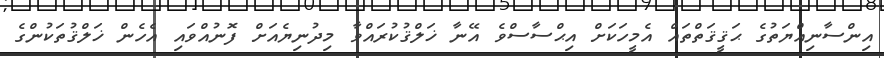
އިންސާނިއްޔަތުގެ ޙަޤީޤަތްތައް އެމީހަކަށް އިޙްސާސްވެ އޭނާ ޚަލްޤުކުރައްވާ މިދުނިޔެއަށް ފޮނުއްވައި އެހެން ޚަލްޤުތަކުންގެ